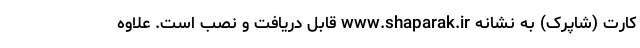
کارت (شاپرک) به نشانه www.shaparak.ir قابل دریافت و نصب است. علاوه